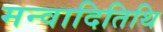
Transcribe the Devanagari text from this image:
मन्वादितिथि